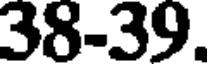
38-39.